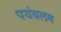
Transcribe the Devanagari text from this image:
पयंबलम